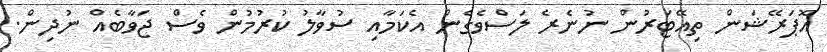
އޮޕަރޭޝަން ތިއޭޓަރުން ނުނެރެ ލަސްވެގެން އެކަމާއި ސުވާލު ކުރުމުން ވެސް ޖަވާބެއް ނުދިން.